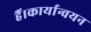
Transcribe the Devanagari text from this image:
हैं।कार्यान्वयन